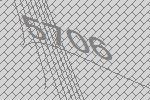
5706